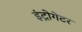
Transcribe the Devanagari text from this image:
इंट्रोगेटर